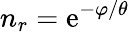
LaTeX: n_{r}=\mathrm{e}^{-\varphi/\theta}